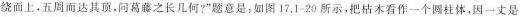
绕而上，五周而达其顶。问葛藤之长几何?”题意是；如图17.1-20所示。把枯木看作一个圆柱体，因一丈是